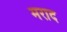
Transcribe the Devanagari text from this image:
मराद